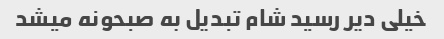
خیلی دیر رسید شام تبدیل به صبحونه میشد